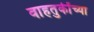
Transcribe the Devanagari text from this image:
वाहतुकींच्या